Civil Veterinary Department. United Provinces 1923-31 - 1923-1931
Year: 1923
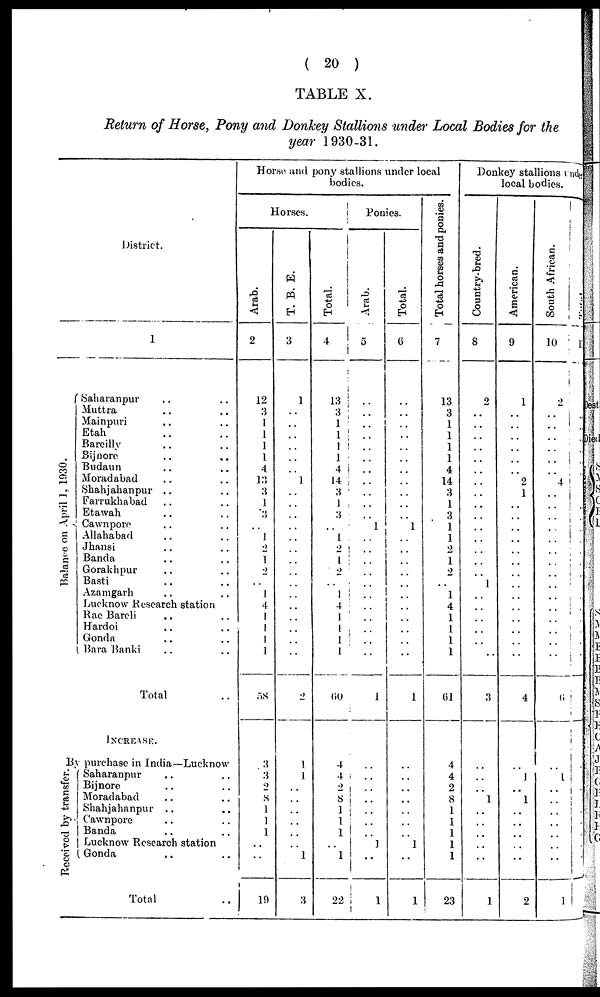
( 20 )
TABLE X.
Return of Horse, Pony and Donkey Stallions under Local Bodies for the
year 1930-31.
District.
1
Balance on April 1, 1930.
Saharanpur .. ..
Muttra .. ..
Mainpuri .. ..
Etah
Bareilly .. ..
Bijnore .. ..
Budaun .. ..
Moradabad
Shahjahanpur .. ..
Farrukhabad .. ..
Etawah .. ..
Cawnpore .. ..
Allahabad
Jhansi .. ..
Banda .. ..
Gorakhpur .. ..
Basti .. ..
Azamgarh .. ..
Lucknow Research station
Rae Bareli .. ..
Hardoi .. ..
Gonda .. ..
Bara Banki .. ..
Total ..
INCREASE.
By purchase in India—Lucknow
Received by transfer.
Saharanpur .. ..
Bijnore .. ..
Moradabad .. ..
Shahjahanpur .. ..
Cawnpore .. ..
Banda .. ..
Lucknow Research station
Gonda .. ..
Total ..
Horse and pony stallions under local
bodies.
Horses.
Arab.
2
12
3
1
1
1
1
4
13
3
1
3
..
1
2
1
2
..
1
4
1
1
1
1
58
3
3
2
8
1
1
1
..
..
19
T. B. E.
3
1
..
..
..
..
..
..
1
..
..
..
..
..
..
..
..
..
..
..
..
..
..
..
2
1
1
..
..
..
..
..
..
1
3
Total.
4
13
3
1
1
1
1
4
14
3
1
3
. .
1
2
1
2
..
1
4
1
1
1
1
60
4
4
2
8
1
1
1
..
1
22
Ponies.
Arab.
5
..
..
..
..
..
..
..
..
..
..
1
..
..
..
..
..
..
..
..
. .
..
..
1
..
..
..
..
..
1
..
Total.
6
..
..
..
..
..
..
..
..
..
..
..
1
..
..
..
..
..
..
..
..
..
..
..
1
..
..
1
..
1
Total horses and ponies.
7
13
3
1
1
1
1
4
14
3
1
3
1
1
2
1
2
..
1
4
1
1
1
1
61
4
4
2
8
23
Donkey stallions under
local bodies.
Country-bred.
8
2
..
..
..
..
..
..
..
..
..
..
..
..
..
..
..
1
..
..
..
..
..
..
3
..
. . 1
..
..
..
1
Ame r
ic
a n.
9
1
..
..
..
..
..
..
2
1
..
..
..
..
..
..
..
..
..
..
..
..
..
..
4
1
..
1
..
..
..
2
Sout h Af r i
can.
10
2
..
..
..
..
..
..
4
..
..
..
..
..
..
..
..
..
..
..
..
..
..
..
6
1
..
..
1
Total.
11
..
.
.
.
..
..